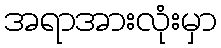
အရာအားလုံးမှာ